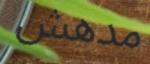
مدھش